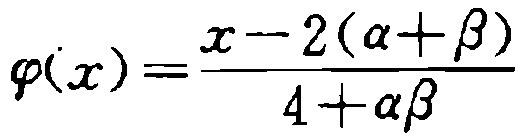
\(\varphi(x)=\frac{x - 2(\alpha+\beta)}{4+\alpha\beta}\)